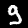
Digit: 9